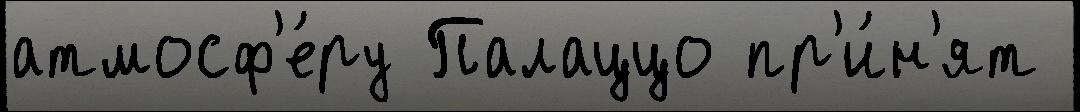
атмосф'е́ру Палаццо пр'и́н'ят